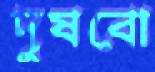
দুষবো